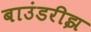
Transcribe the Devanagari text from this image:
बाउंडरीझ